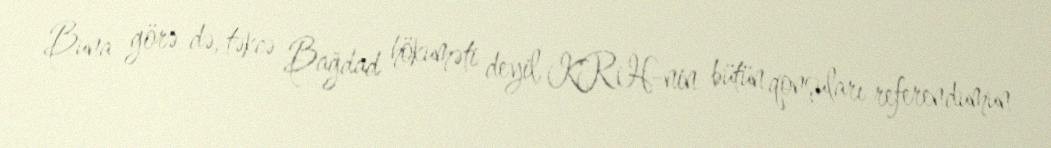
Buna görə də, təkcə Bağdad hökuməti deyil, KRH-nin bütün qonşuları referendumun